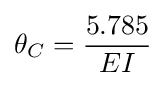
\theta _{C}={\frac {5.785}{EI}}